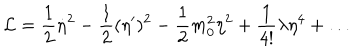
{ \cal L } = \frac { 1 } { 2 } \dot { \eta } ^ { 2 } - \frac { 1 } { 2 } ( \eta ^ { \prime } ) ^ { 2 } - \frac { 1 } { 2 } m _ { 0 } ^ { 2 } \eta ^ { 2 } + \frac { 1 } { 4 ! } \lambda \eta ^ { 4 } + \ldots